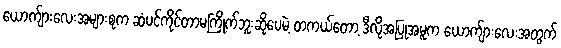
ယောက်ျားလေးအများစုက ဆံပင်ကိုင်တာမကြိုက်ဘူးဆိုပေမဲ့ တကယ်တော့ ဒီလိုအပြုအမူက ယောက်ျားလေးအတွက်